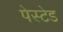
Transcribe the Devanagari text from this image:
पेस्टेड